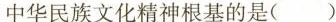
中华民族文化精神根基的是( )